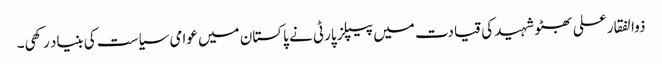
ذوالفقار علی بھٹو شہید کی قیادت میں پیپلز پارٹی نے پاکستان میں عوامی سیاست کی بنیاد رکھی۔